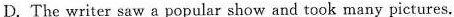
D. The writer saw a popular show and took many pictures.